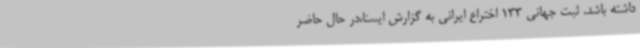
داشته باشد. ثبت جهانی 133 اختراع ایرانی به گزارش ایسنا،در حال حاضر